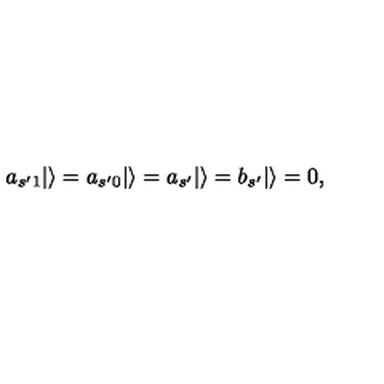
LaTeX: a _ { s ^ { \prime } 1 } | \rangle = a _ { s ^ { \prime } 0 } | \rangle = a _ { s ^ { \prime } } | \rangle = b _ { s ^ { \prime } } | \rangle = 0 ,